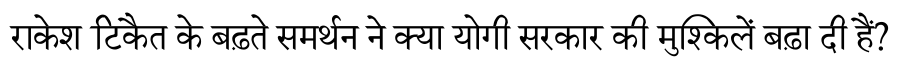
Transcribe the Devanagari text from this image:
राकेश टिकैत के बढ़ते समर्थन ने क्या योगी सरकार की मुश्किलें बढ़ा दी हैं?